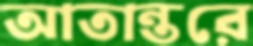
আতান্তরে